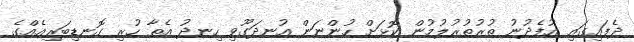
ދެފައިގައި އުފެދުނު ތުރުތުރުލުމުން ކޮޅަށް ހުންނަން އުނދަގޫވި ހިނދު އެތާ ހުރި ގޮނޑިބަރިއެއްގެ